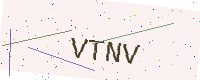
Text: VTNV